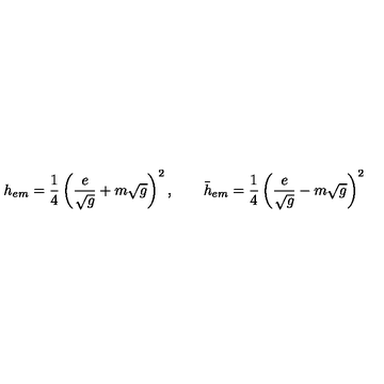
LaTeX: h _ { e m } = { \frac { 1 } { 4 } } \left( { \frac { e } { \sqrt { g } } } + m \sqrt { g } \right) ^ { 2 } , \qquad \bar { h } _ { e m } = { \frac { 1 } { 4 } } \left( { \frac { e } { \sqrt { g } } } - m \sqrt { g } \right) ^ { 2 }